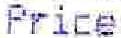
PRICE